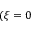
( \xi = 0